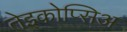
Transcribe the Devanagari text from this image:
तेइकोप्सिअ